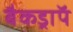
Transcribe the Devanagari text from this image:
बैकड्राॅप